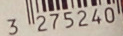
3 275240